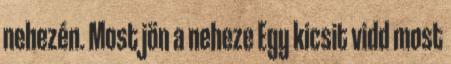
nehezén. Most jön a neheze Egy kicsit vidd most